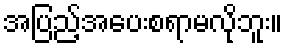
အပြည့်အပေးစရာမလိုဘူး။